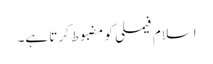
اسلام فیملی کو مضبوط کرتا ہے۔